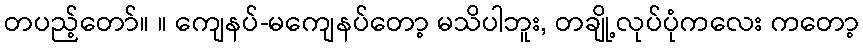
တပည့်တော်။ ။ ကျေနပ်-မကျေနပ်တော့ မသိပါဘူး, တချို့လုပ်ပုံကလေး ကတော့